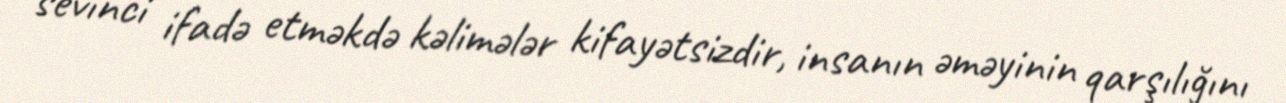
sevinci ifadə etməkdə kəlimələr kifayətsizdir, insanın əməyinin qarşılığını